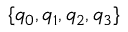
\{ q _ { 0 } , q _ { 1 } , q _ { 2 } , q _ { 3 } \}